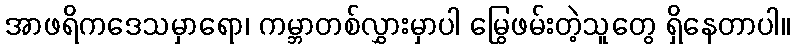
အာဖရိကဒေသမှာရော၊ ကမ္ဘာတစ်လွှားမှာပါ မြွေဖမ်းတဲ့သူတွေ ရှိနေတာပါ။